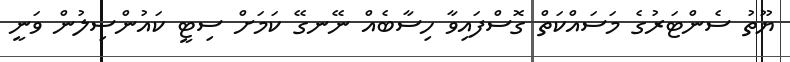
ޔޫތު ސެންޓަރުގެ މަސައްކަތް ގޮސްފައިވާ ހިސާބެއް ނޭނގޭ ކަމަށް ސިޓީ ކައުންސިލުން ވަނީ